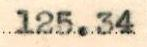
125.34